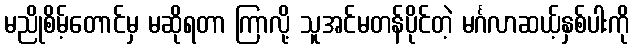
မညိုစိမ့်တောင်မှ မဆိုရတာ ကြာလို့ သူအင်မတန်ပိုင်တဲ့ မင်္ဂလာဆယ့်နှစ်ပါးကို